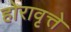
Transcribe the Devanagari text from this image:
होरावृत्ते